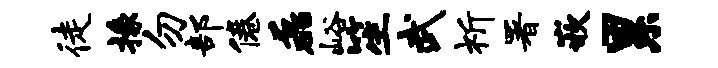
徒掾勿部倦磊峪笙武祈署嵌累